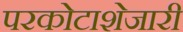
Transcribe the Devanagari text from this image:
परकोटाशेजारी